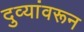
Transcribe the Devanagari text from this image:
दुव्यांवरून